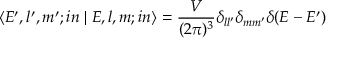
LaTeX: \left\langle { { E ^ { \prime } , l ^ { \prime } , m ^ { \prime } ; i n } } \mathrel { \left| { \vphantom { { E ^ { \prime } , l ^ { \prime } , m ^ { \prime } ; i n } { E , l , m } } } \right. \kern - \nulldelimiterspace } { { E , l , m ; i n } } \right\rangle = { \frac { V } { ( 2 \pi ) ^ { 3 } } } \delta _ { l l ^ { \prime } } \delta _ { m m ^ { \prime } } \delta ( E - E ^ { \prime } )